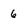
Character: 6